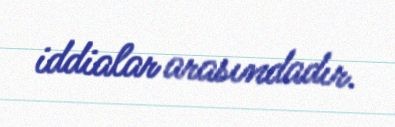
iddialar arasındadır.